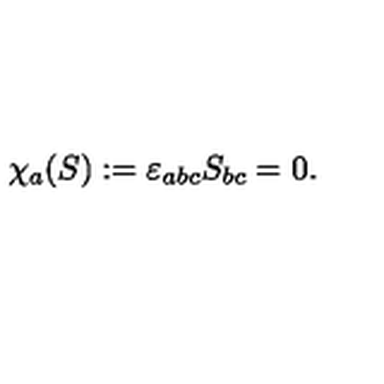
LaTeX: \chi _ { a } ( S ) : = \varepsilon _ { a b c } S _ { b c } = 0 .